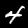
Digit: 4